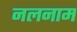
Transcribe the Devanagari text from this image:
नलनाम